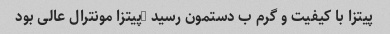
پیتزا با کیفیت و گرم ب دستمون رسید …پیتزا مونترال عالی بود